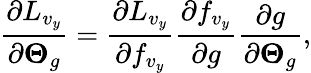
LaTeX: \frac{\partial L_{v_{y}}}{\partial\boldsymbol{\Theta}_{g}}=\frac{\partial L_{v_{y}}}{\partial f_{v_{y}}}\frac{\partial f_{v_{y}}}{\partial g}\frac{\partial g}{\partial\boldsymbol{\Theta}_{g}},